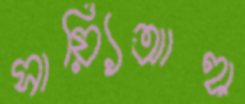
সায়্যিআহা